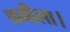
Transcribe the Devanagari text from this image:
कबीला।